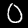
Label: 0